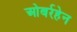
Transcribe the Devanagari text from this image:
ओबर्रहेन